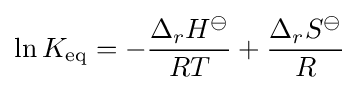
\ln K_{\mathrm {eq} }=-{\frac {\Delta _{r}H^{\ominus }}{RT}}+{\frac {\Delta _{r}S^{\ominus }}{R}}